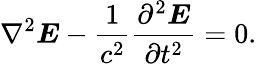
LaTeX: \nabla^{2}\boldsymbol{E}-\frac{1}{c^{2}}\frac{\partial^{2}\boldsymbol{E}}{\partial t^{2}}=0.